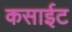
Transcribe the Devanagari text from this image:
कसाईट